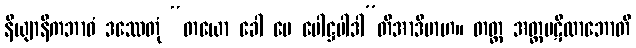
နိယျာနိကဘာဝံ ဒဿေတုံ “တယော ခေါ မေ ပေါဋ္ဌပါဒါ”တိအာဒိမာဟ။ တတ္ထ အတ္တပဋိလာဘောတိ